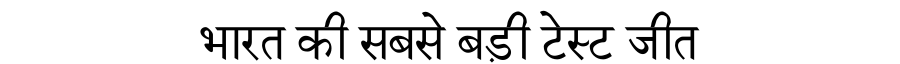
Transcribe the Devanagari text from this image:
भारत की सबसे बड़ी टेस्ट जीत